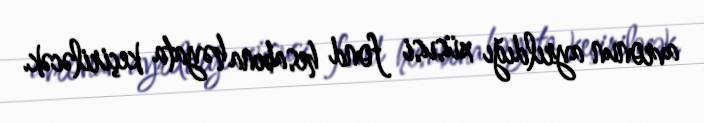
avronun ayrıldığı xüsusi fond hesabına həyata keçiriləcək.